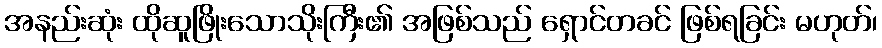
အနည်းဆုံး ထိုဆူဖြိုးသောသိုးကြီး၏ အဖြစ်သည် ရှောင်တခင် ဖြစ်ရခြင်း မဟုတ်၊